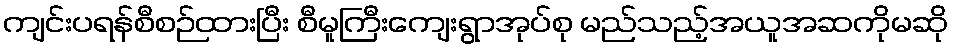
ကျင်းပရန်စီစဉ်ထားပြီး စီမူကြီးကျေးရွာအုပ်စု မည်သည့်အယူအဆကိုမဆို